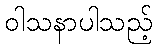
ဝါသနာပါသည့်